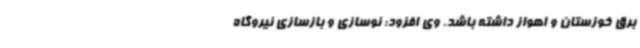
برق خوزستان و اهواز داشته باشد. وی افزود: نوسازی و بازسازی نیروگاه